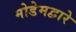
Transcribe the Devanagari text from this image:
मोडेमद्वारे